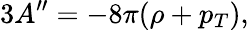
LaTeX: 3A^{\prime\prime}=-8\pi(\rho+p_{T}),